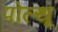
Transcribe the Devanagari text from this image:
पोल्थू